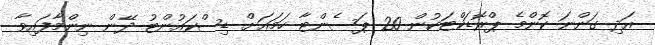
އަދި ގަންނަ ކޮންމެ ޕްރޮޑަކްޓަކުން 20 ޕަސެންޓާ ހަމައަށް ޑިސްކައުންޓު ދޭން ނިންމާފައިވާ